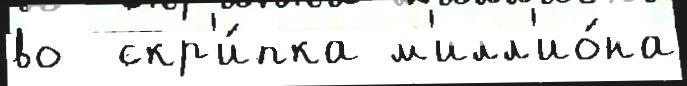
во  скр'и́пка м'илл'ио́на